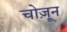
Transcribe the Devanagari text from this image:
चोज़ून